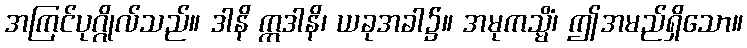
အကြင်ပုဂ္ဂိုလ်သည်။ ဒါနိ ဣဒါနိ၊ ယခုအခါ၌။ အမုကသ္မိံ၊ ဤအမည်ရှိသော။